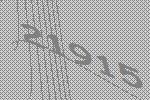
21915